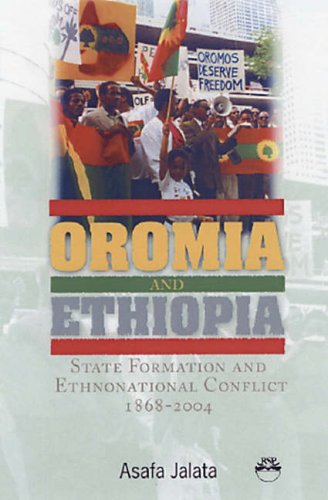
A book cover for Oromia and Ethiopia: State Formation and Ethnonational Conflict, 1868-2004; Asafa Jalata; History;